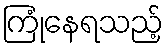
ကြုံနေရသည့်